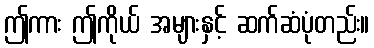
ဤကား ဤကိုယ် အများနှင့် ဆက်ဆံပုံတည်း။